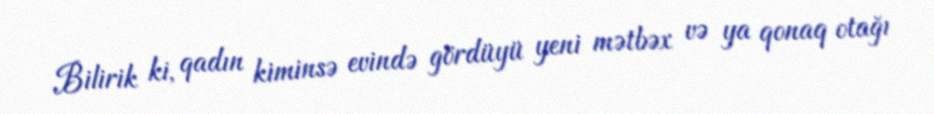
Bilirik ki, qadın kiminsə evində gördüyü yeni mətbəx və ya qonaq otağı